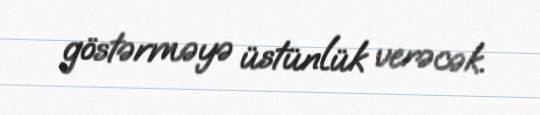
göstərməyə üstünlük verəcək.